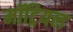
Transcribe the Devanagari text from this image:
मॉट्रियल